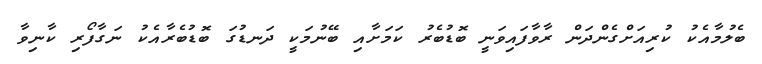
ބެލުމާއެކު ކުރިއަށްގެންދަން ރާވާފައިވަނީ ބޮޑުބެރު ކަމަށާއި ބޭނުމަކީ ދަނޑުގަ ބޮޑުބެރާއެކު ނަގާފޯރި ކާނިވާ